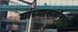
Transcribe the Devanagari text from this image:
यांच्यासमोरचा